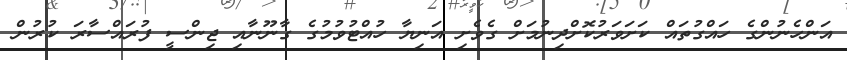
އަންހެނުންގެ ހައްގުތައް ކަށަވަރުކޮށްދިނުމަށް ގެވެށި އަނިޔާ ހުއްޓުވުމުގެ ގާނޫނާއި ޖިންސީ ފުރައްސާރަ ކުރުން